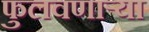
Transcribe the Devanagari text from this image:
फुलवणाऱ्या